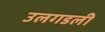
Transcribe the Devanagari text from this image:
उलगडली